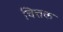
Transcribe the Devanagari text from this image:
चित्तक